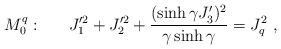
LaTeX: \begin{align*}M_0^q:~~~~~J_{1}^{\prime 2}+J_{2}^{\prime 2}+\displaystyle\frac{(\sinh\gamma J_{3}^\prime)^{2}} {\gamma \sinh\gamma}=J_q^{2}~,\end{align*}